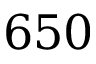
6 5 0